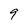
Character: 9